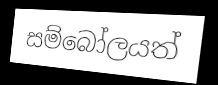
සම්බෝලයත්